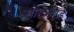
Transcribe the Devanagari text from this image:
सोलरएड